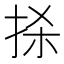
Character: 𢫬